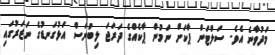
މަދުވާނެ އެވެ. ސަލްޓަން ޕާކަށް ނަމުން ޕާކެއްގެ ދަރަޖަ ލިބުނަސް އަޅުގަނޑުގެ ނަޒަރުގައި